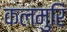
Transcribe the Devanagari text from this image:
कलमुरि